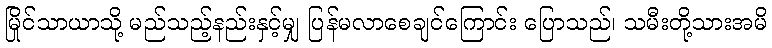
မြိုင်သာယာသို့ မည်သည့်နည်းနှင့်မျှ ပြန်မလာစေချင်ကြောင်း ပြောသည်၊ သမီးတို့သားအမိ